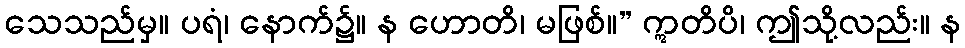
သေသည်မှ။ ပရံ၊ နောက်၌။ န ဟောတိ၊ မဖြစ်။” ဣတိပိ၊ ဤသို့လည်း။ န